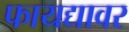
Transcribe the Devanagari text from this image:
फायद्यावर